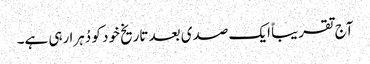
آج تقریباً ایک صدی بعد تاریخ خود کو دُہرا رہی ہے۔